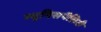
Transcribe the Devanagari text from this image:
म्युनिसपैलिटी